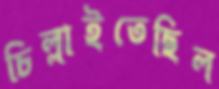
চিল্লাইতেছিল